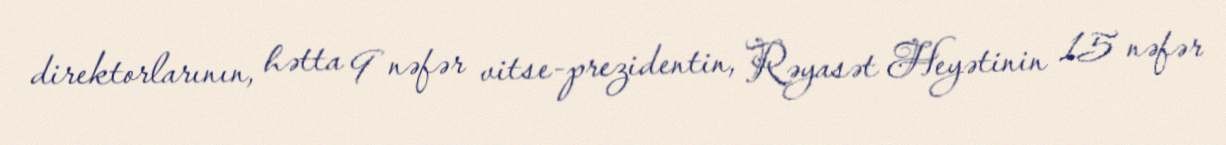
direktorlarının, hətta 9 nəfər vitse-prezidentin, Rəyasət Heyətinin 15 nəfər